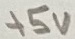
Text: +5V